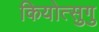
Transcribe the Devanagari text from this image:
कियोत्सुगु